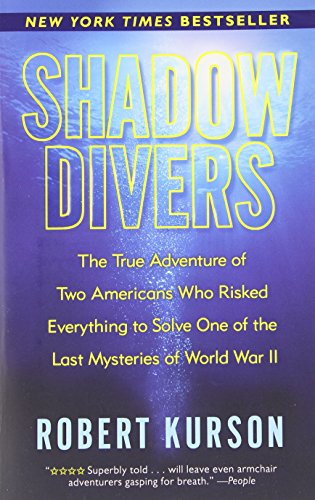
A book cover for Shadow Divers: The True Adventure of Two Americans Who Risked Everything to Solve One of the Last Mysteries of World War II; Robert Kurson; Test Preparation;